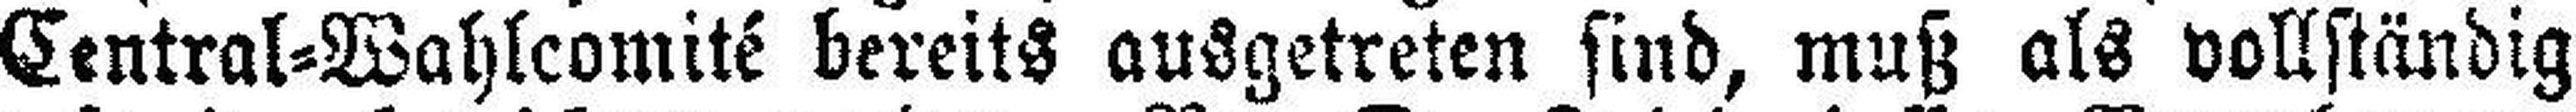
Central=Wahlcomité bereits ausgetreten sind, muß als vollständig